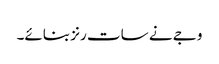
وجے نے سات رنز بنائے۔